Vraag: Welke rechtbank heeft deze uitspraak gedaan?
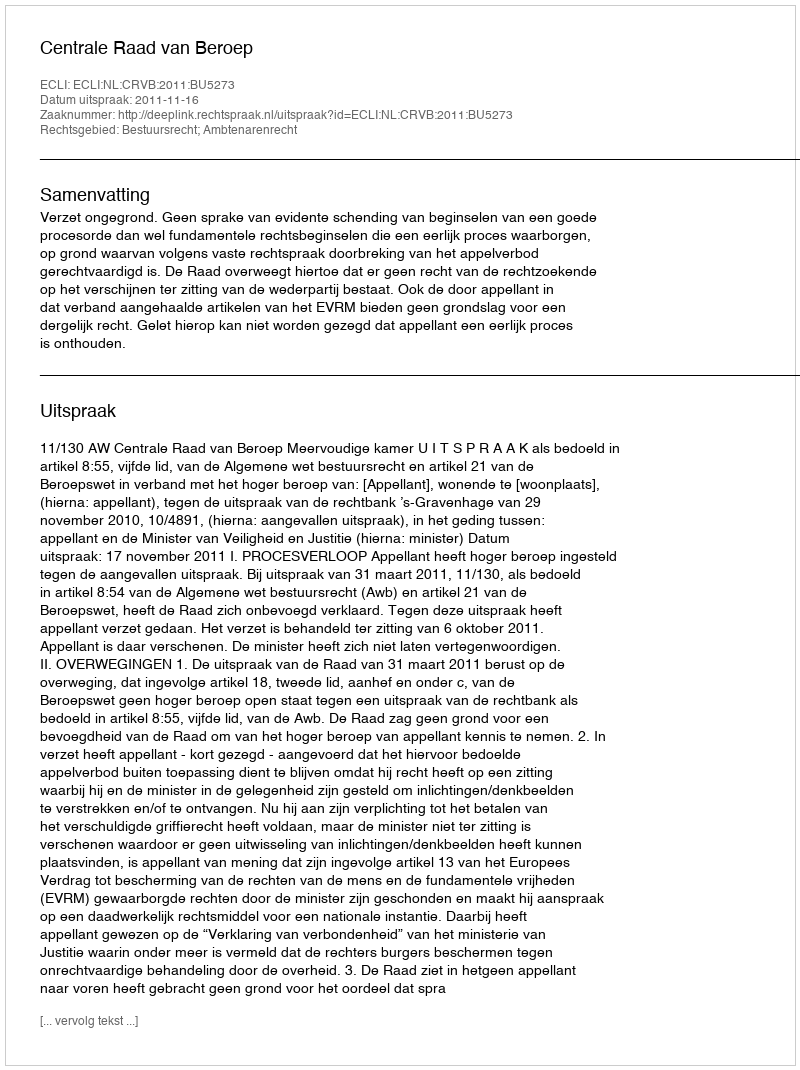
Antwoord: Centrale Raad van Beroep